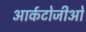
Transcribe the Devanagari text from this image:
आर्कटोजीओ